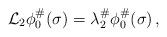
LaTeX: \begin{align*} \mathcal L_2 \phi_0^\# (\sigma) = \lambda_2^\# \phi_0^\# (\sigma)\,,\end{align*}